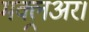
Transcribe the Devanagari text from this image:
मक्लूअर।